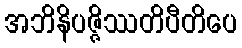
အဘိနိပဇ္ဇိဿတိပီတိပေ